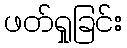
ဖတ်ရှုခြင်း